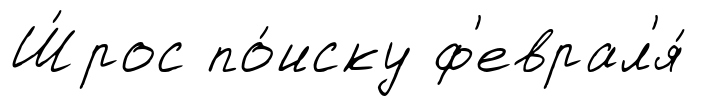
Ш́рос по́иску ф'еврал'я́